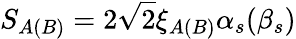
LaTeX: S_{A(B)}=2\sqrt{2}\xi_{A(B)}\alpha_{s}(\beta_{s})